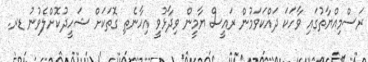
ރަސްމިއްޔާތުގައި ވާހަކަ ދައްކަވަމުން ރައީސް ޔާމީން ވިދާޅުވީ އިހާނެތި ގޮތަކަށް ޝަހީދުކޮށްލެވުނު ޑރ.